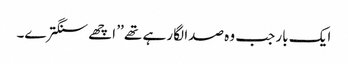
ایک بار جب وہ صدا لگا رہے تھے ’’ اچھے سنگترے۔